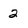
Character: 2